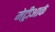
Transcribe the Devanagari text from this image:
मेट्रीआर्क